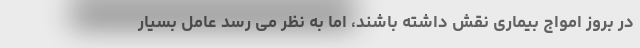
در بروز امواج بیماری نقش داشته باشند، اما به نظر می رسد عامل بسیار